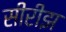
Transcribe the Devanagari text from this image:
सीरीझ